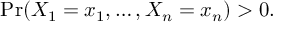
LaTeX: \operatorname* { P r } ( X _ { 1 } = x _ { 1 } , \ldots , X _ { n } = x _ { n } ) > 0 .